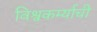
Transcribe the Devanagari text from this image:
विश्वकर्म्याची